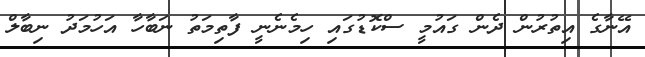
އޭނާގެ އިތުރުން ދެން ގައުމީ ސްކޮޑުގައި ހިމެނެނީ ފާތިމަތު ނަބާހާ އަހުމަދު ނިބާލް